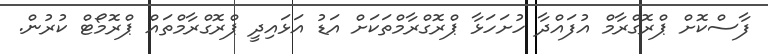
ފާސްކޮށް ޕްރޮގްރާމް އުފައްދާ ހުށަހަޅާ ޕްރޮގްރާމްތަކަށް އަޑު އަޅައިދީ ޕްރޮގްރާމްތައް ޕްރޮމޯޓް ކުރުން.